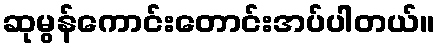
ဆုမွန်ကောင်းတောင်းအပ်ပါတယ်။